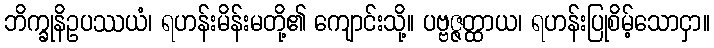
ဘိက္ခုနိဥပဿယံ၊ ရဟန်းမိန်းမတို့၏ ကျောင်းသို့။ ပဗ္ဗဇ္ဇတ္ထာယ၊ ရဟန်းပြုစိမ့်သောငှာ။